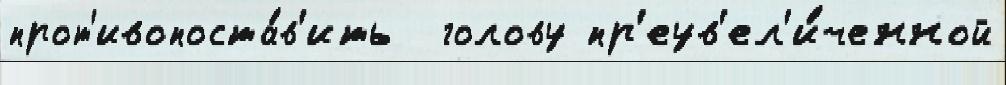
прот'ивопоста́в'ить  голову пр'еув'ел'и́ченной